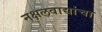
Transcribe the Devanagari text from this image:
नक्षलवाद्यांचा